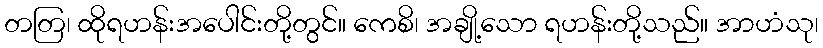
တတြ၊ ထိုရဟန်းအပေါင်းတို့တွင်။ ကေစိ၊ အချို့သော ရဟန်းတို့သည်။ အာဟံသု၊